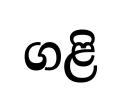
ගළි